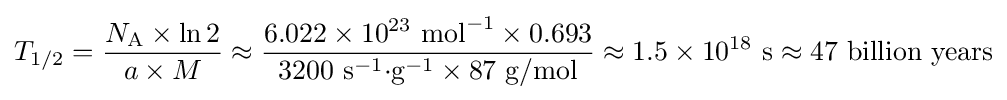
T_{1/2}={\frac {N_{\text{A}}\times \ln 2}{a\times M}}\approx {\frac {6.022\times 10^{23}{\text{ mol}}^{-1}\times 0.693}{3200{\text{ s}}^{-1}{\cdot }{\text{g}}^{-1}\times 87{\text{ g/mol}}}}\approx 1.5\times 10^{18}{\text{ s}}\approx 47{\text{ billion years}}